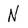
Character: N